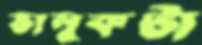
ভালুকটা